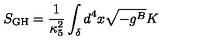
S _ { \mathrm { G H } } = \frac { 1 } { \kappa _ { 5 } ^ { 2 } } \int _ { \delta } d ^ { 4 } x \sqrt { - g ^ { B } } K